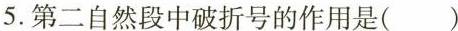
5.第二自然段中破折号的作用是( )